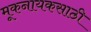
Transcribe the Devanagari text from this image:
मूकनायकसाठी